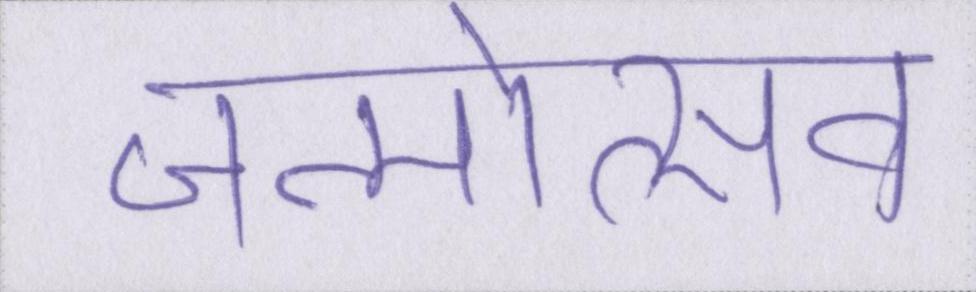
जन्मोत्सव